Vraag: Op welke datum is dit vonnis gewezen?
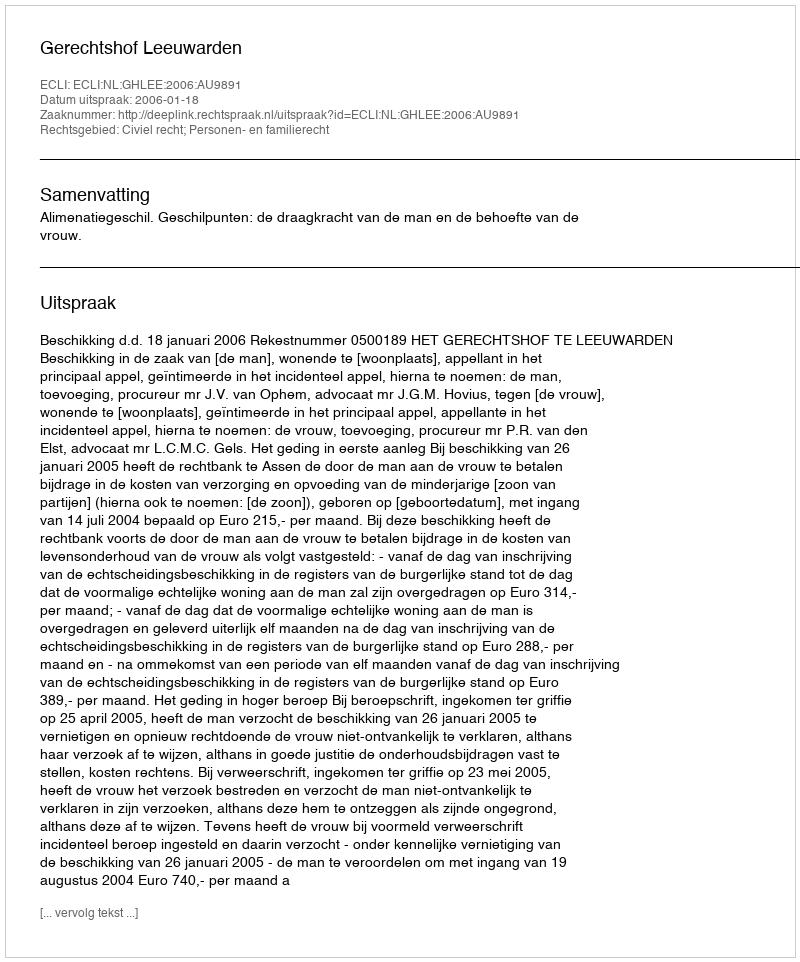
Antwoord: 2006-01-18